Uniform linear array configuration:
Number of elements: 24
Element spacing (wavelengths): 0.75
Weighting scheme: hann
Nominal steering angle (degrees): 0
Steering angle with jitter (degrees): -0.2321
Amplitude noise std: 0.05
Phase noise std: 0.05

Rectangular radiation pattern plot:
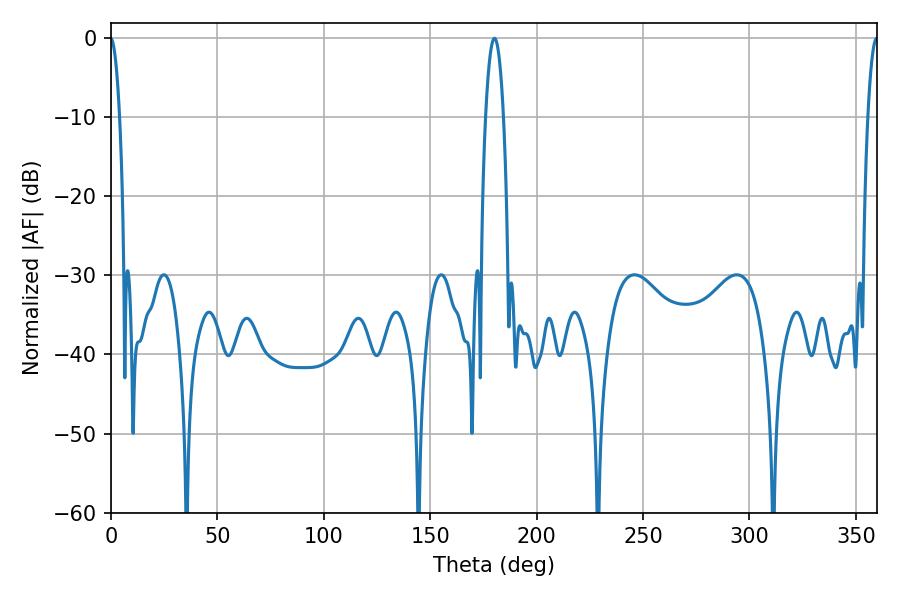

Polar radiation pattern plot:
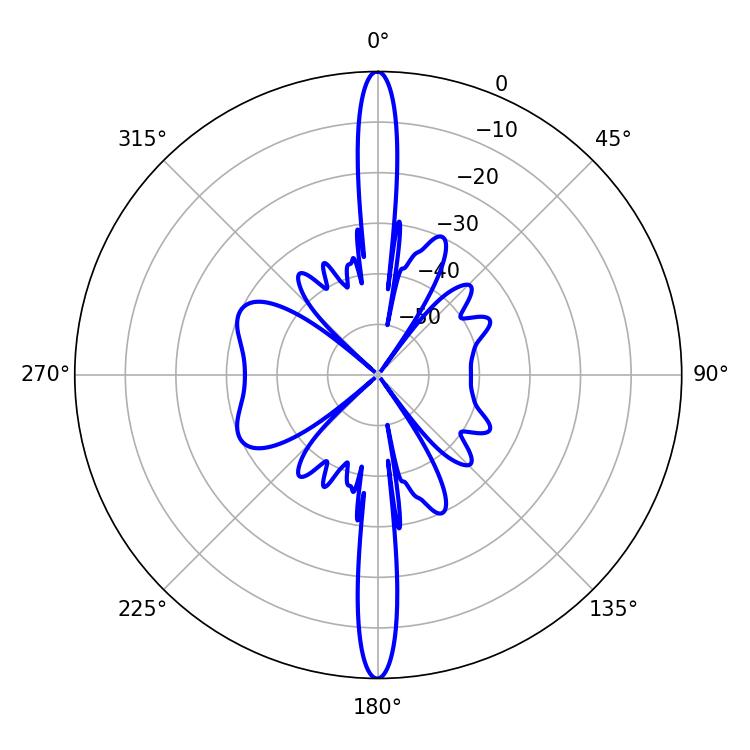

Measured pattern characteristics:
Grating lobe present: TRUE
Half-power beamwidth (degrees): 4.68
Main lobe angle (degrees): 180.18